Source: Handwritten
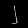
Digit: ၂ (2)